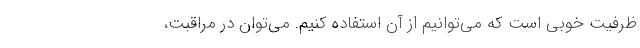
ظرفیت خوبی است که می‌توانیم از آن استفاده کنیم. می‌توان در مراقبت،